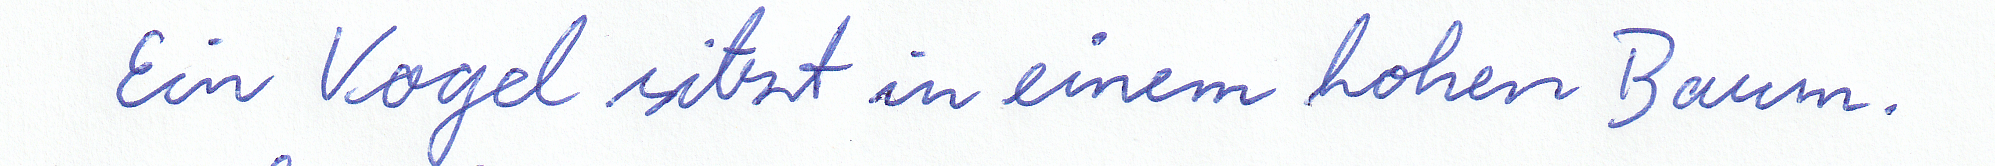
Ein Vogel sitzt in einem hohen Baum.